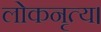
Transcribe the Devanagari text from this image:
लोकनृत्य।